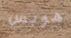
هوبس